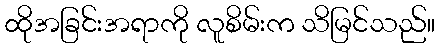
ထိုအခြင်းအရာကို လူစိမ်းက သိမြင်သည်။